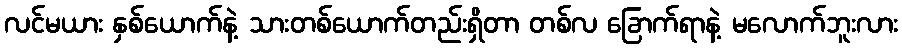
လင်မယား နှစ်ယောက်နဲ့ သားတစ်ယောက်တည်းရှိတာ တစ်လ ခြောက်ရာနဲ့ မလောက်ဘူးလား